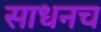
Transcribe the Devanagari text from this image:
साधनच